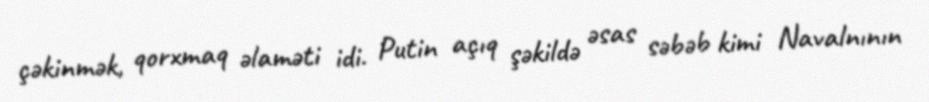
çəkinmək, qorxmaq əlaməti idi. Putin açıq şəkildə əsas səbəb kimi Navalnının